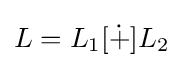
L=L_{1}[{\dot {+}}]L_{2}